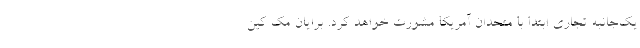
یک‌جانبه تجاری ابتدا با متحدان آمریکا مشورت خواهد کرد. برایان مک کین